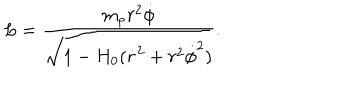
L = \frac { m _ { p } r ^ { 2 } \dot { \phi } } { \sqrt { 1 - H _ { 0 } ( \dot { r } ^ { 2 } + r ^ { 2 } \dot { \phi } ^ { 2 } ) } } .